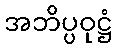
အဘိပ္ပဝုဋ္ဌံ